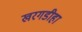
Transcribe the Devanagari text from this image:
खरगडीहा